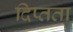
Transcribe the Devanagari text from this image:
दिप्तता